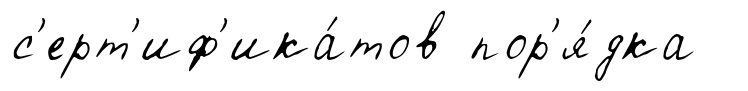
с'ерт'иф'ика́тов пор'я́дка